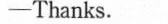
——Thanks.